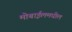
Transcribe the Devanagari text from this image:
मोबाईलमधील